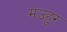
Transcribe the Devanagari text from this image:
मउहुर